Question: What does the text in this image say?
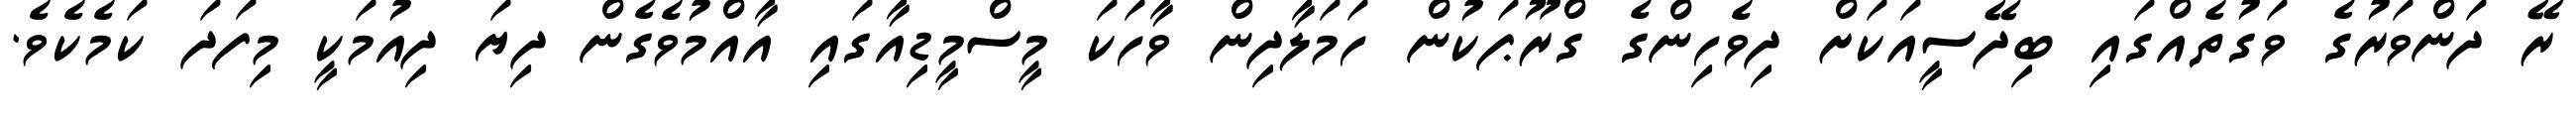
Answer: ރޭ ދަންވަރުގެ ވަގުތެއްގައި ބިދޭސީއަކަށް ދިވެހިންގެ ގްރޫޕަކުން ހަމަލާދިން ވާހަކަ މީސްމީޑިއާގައި އާއްމުވެގެން ދިޔަ ދިއުމަކީ މިފަދަ ކަމެކެވެ.